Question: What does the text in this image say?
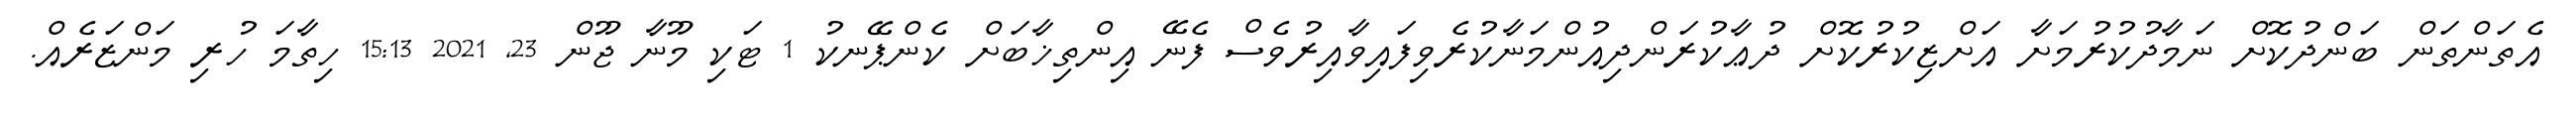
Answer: އެތަންތަން ބަންދުކޮށް ނަމާދުކުރުމަށާ އަށްޒިކުރުކޮށް ދުޢާކުރަންދިއުންމަނާކުރެވިފައިވާއިރުވެސް ފެނޭ އިންތިޚާބަށް ކެންޕޭނކު 1 ޓަކި މޫނާ ޖޫން 23, 2021 15:13 ހިތާމަ ހުރި މަންޒަރެއް.